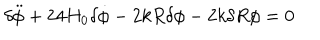
{ \delta } \ddot { \phi } + 2 4 H _ { 0 } { \delta } \dot { \phi } - 2 k R { \delta } { \phi } - 2 k { \delta } R { \phi } = 0